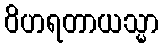
ဝိဟရတာယသ္မာ